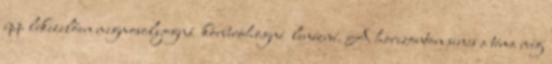
épp lekezelően megmosolyogná körberöhögné lenézné. A horizonton sincs a téma még